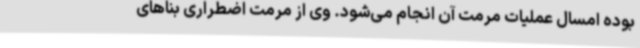
بوده امسال عملیات مرمت آن انجام می‌شود. وی از مرمت اضطراری بناهای